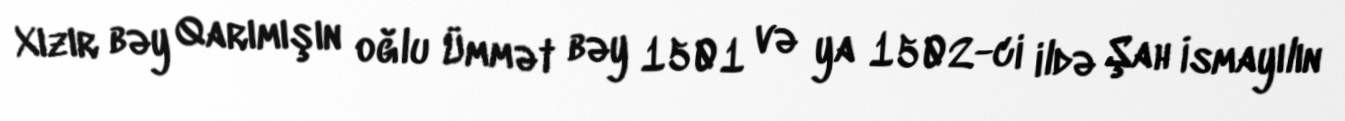
Xızır bəy Qarımışın oğlu Ümmət bəy 1501 və ya 1502-ci ildə Şah İsmayılın